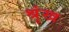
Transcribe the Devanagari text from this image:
श्रृंख